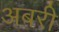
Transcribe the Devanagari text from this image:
अबरी